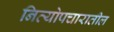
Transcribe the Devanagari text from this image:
नित्योपचारातील